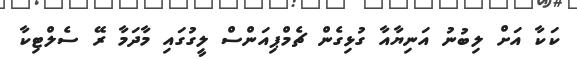
ކަކާ އަށް ލިބުނު އަނިޔާއާ ގުޅިގެން ޗެމްޕިއަންސް ލީގުގައި މާދަމާ ރޭ ސެލްޓިކާ